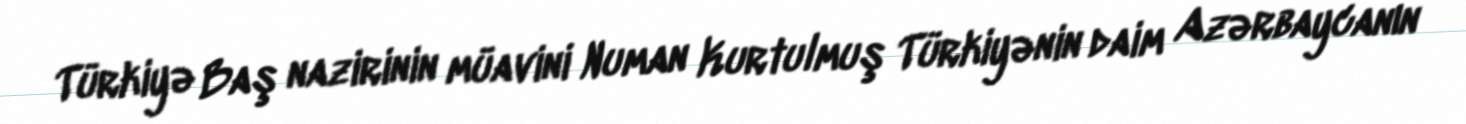
Türkiyə Baş nazirinin müavini Numan Kurtulmuş Türkiyənin daim Azərbaycanın